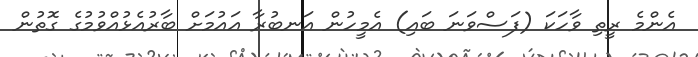
އެންމެ ރީތި ވާހަކަ (ފަސްވަނަ ބައި) އެމީހުން އަނބުރާ އައުމަށް ބާރުއެޅުއްވުމުގެ ގޮތުން